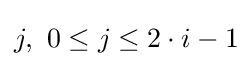
j,\ 0\leq j\leq 2\cdot i-1